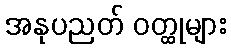
အနုပညတ် ဝတ္ထုများ